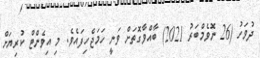
ދުވަހު (26 ނޮވެމްބަރު 2021) ބާއްވާގޮތަށް ވަނީ ހަމަޖެހިފައެވެ. މި އިވެންޓް ކުރިޔަށް